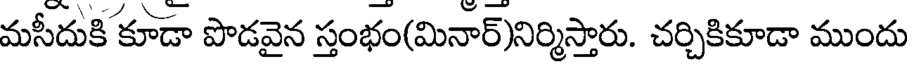
మసీదుకి కూడా పొడవైన స్తంభం(మినార్)నిర్మిస్తారు. చర్చికికూడా ముందు